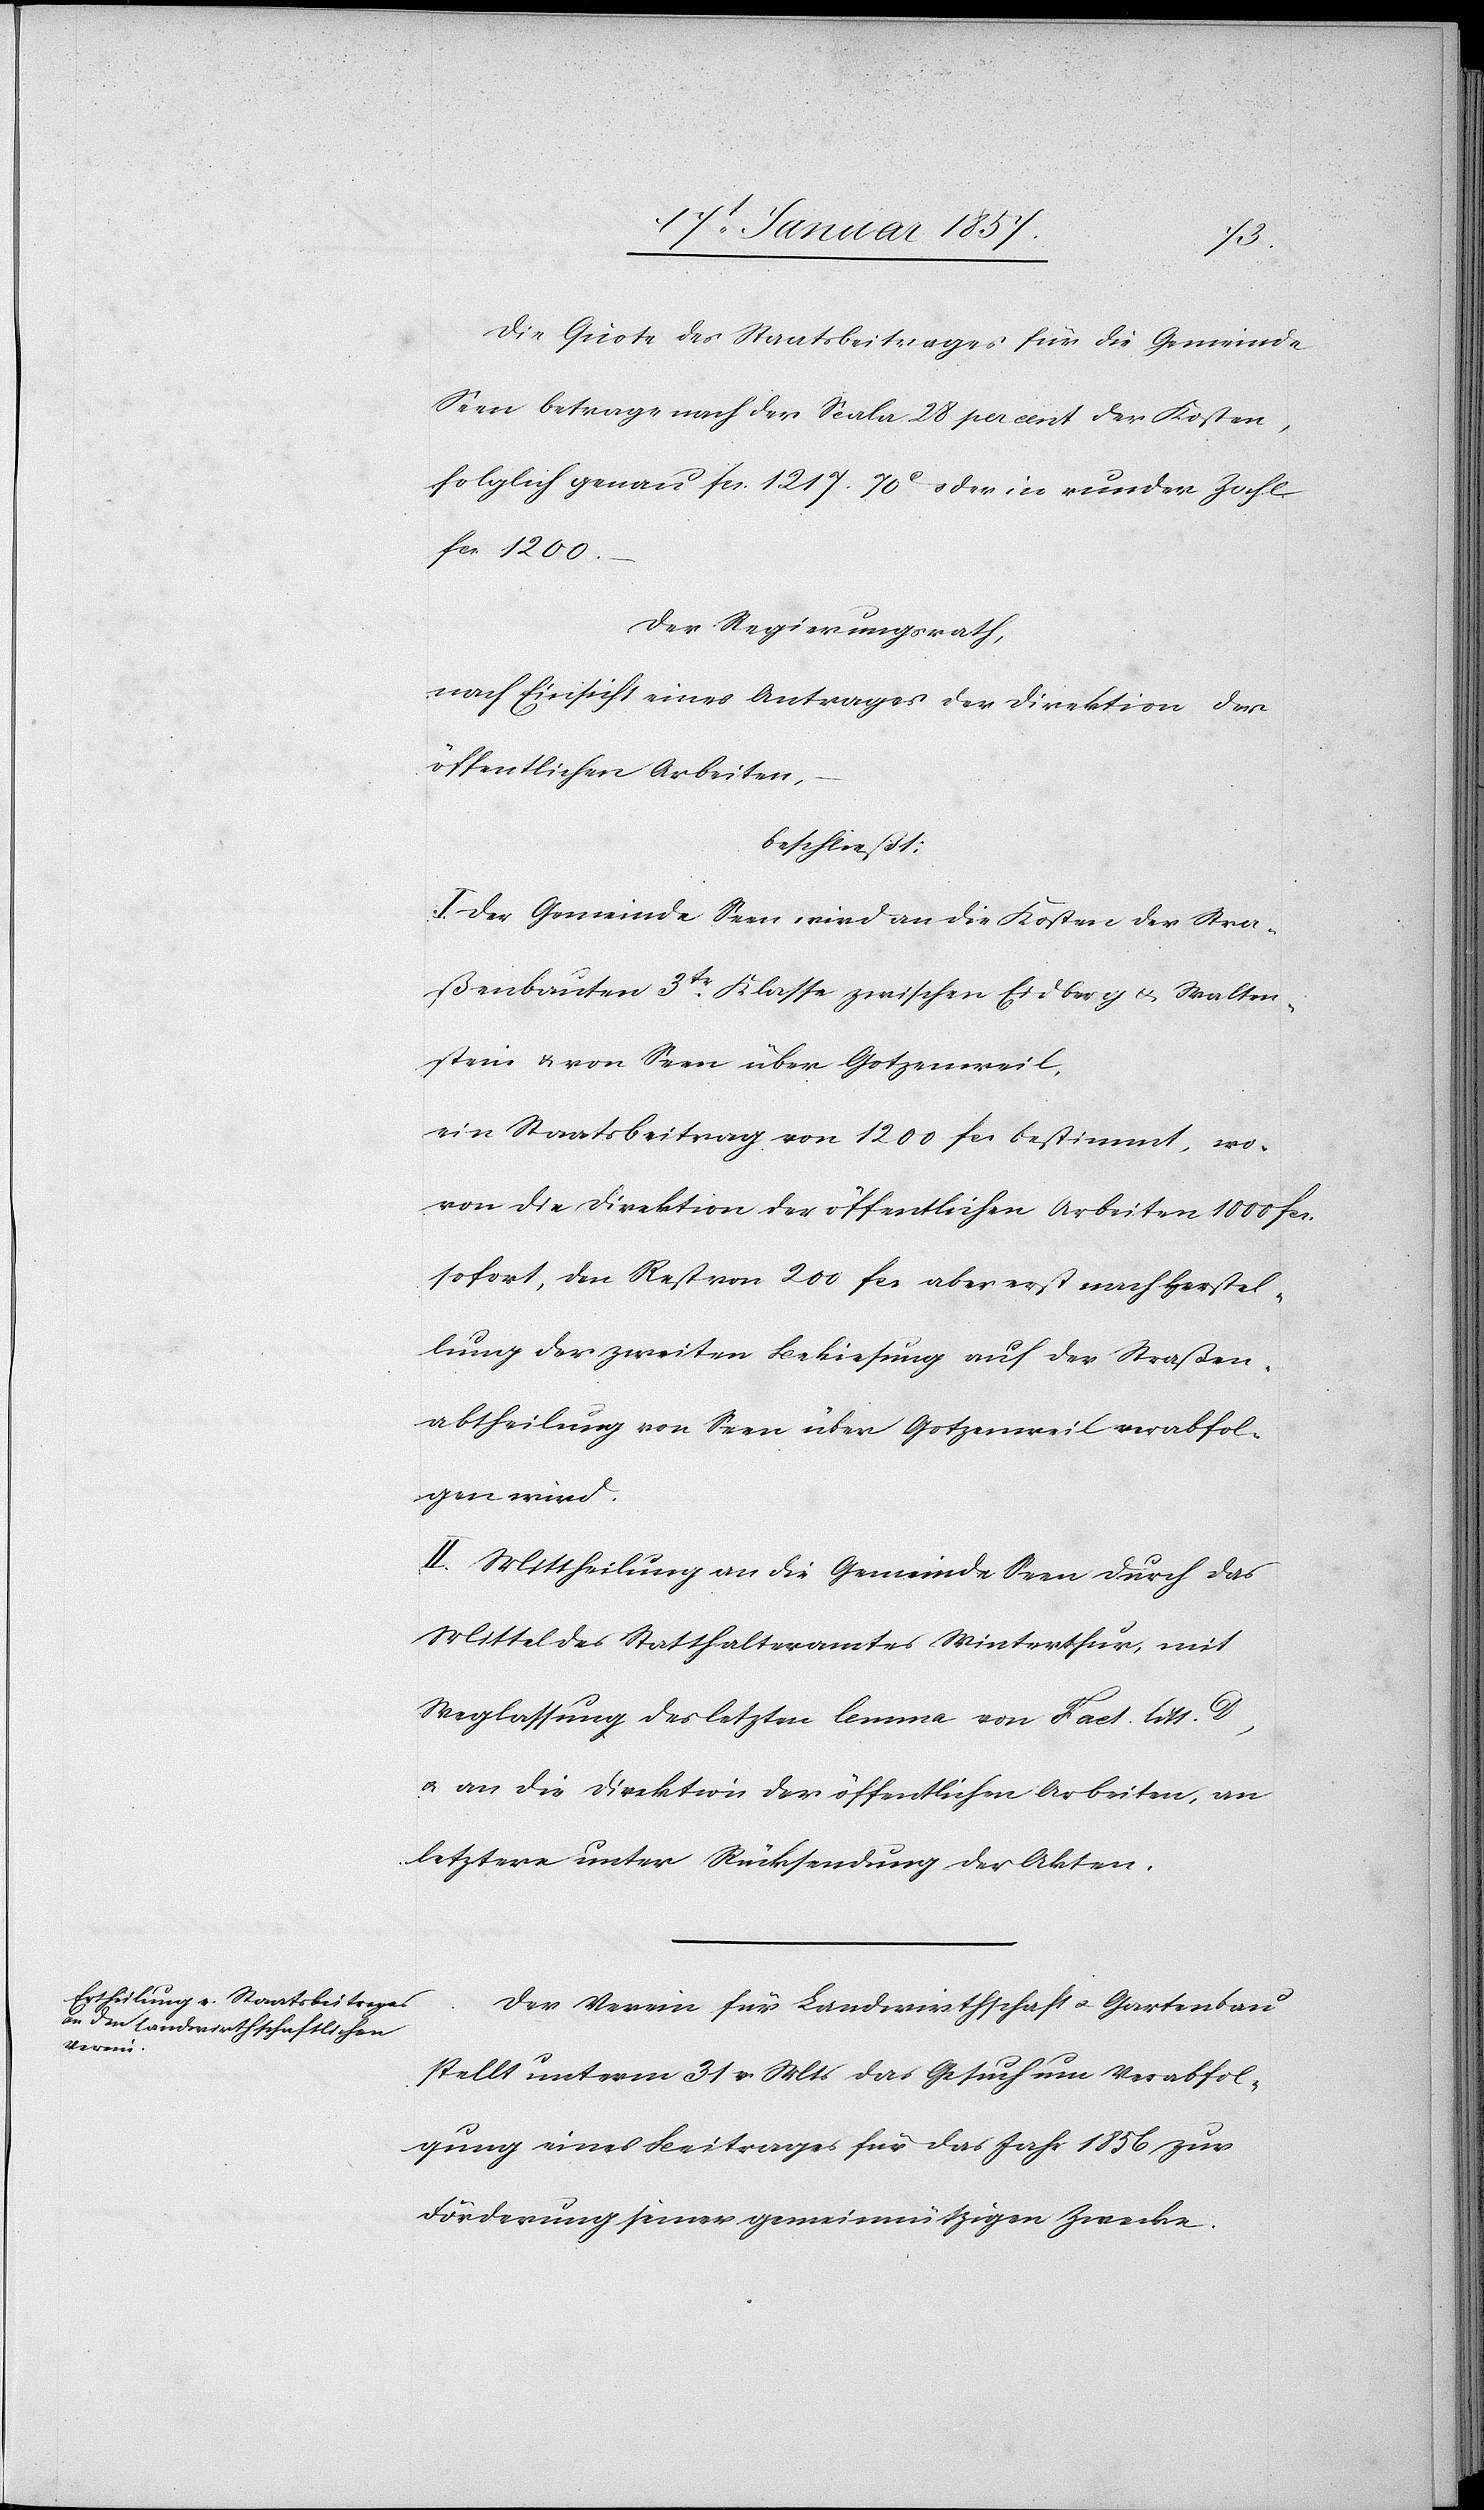
Die Quote des Staatsbeitrages für die Gemeinde
Seen betrage nach der Scala 28 per cent der Kosten,
folglich genau fcs. 1217. 70 c oder in runder Zahl
fcs 1200.–
Der Regierungsrath,
nach Einsicht eines Antrages der Direktion der
öffentlichen Arbeiten,
beschließt:
I. Der Gemeinde Seen wird an die Kosten der Stra¬
ßenbauten 3tr Klasse zwischen Eidberg & Walten¬
stein & von Seen über Gotzenweil,
ein Staatsbeitrag von 1200 fcs bestimmt, wo¬
von die Direktion der öffentlichen Arbeiten 1000 fcs.
sofort, den Rest von 200 fcs aber erst nach Herstel¬
lung der zweiten Bekiesung auf der Straßen¬
abtheilung von Seen über Gotzenweil verabfol¬
gen wird.
II. Mittheilung an die Gemeinde Seen durch das
Mittel des Statthalteramtes Winterthur, mit
Weglassung des letzten lemma von Fact. litt. D,
u. an die Direktion der öffentlichen Arbeiten, an
letztere unter Rücksendung der Akten.
Der Verein für Landwirthschaft u. Gartenbau
stellt unterm 31 v. Mts das Gesuch um Verabfol¬
gung eines Beitrags für das Jahr 1856 zur
Förderung seiner gemeinnützigen Zwecke.